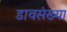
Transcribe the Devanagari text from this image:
डावसंख्या